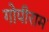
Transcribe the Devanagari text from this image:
गोपीराम